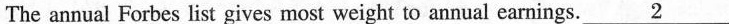
The annual Forbes list gives most weight to annual earnings.\underline{2}"